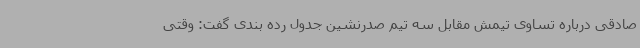
صادقی درباره تساوی تیمش مقابل سه تیم صدرنشین جدول رده بندی گفت: وقتی